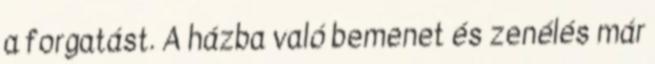
a forgatást. A házba való bemenet és zenélés már